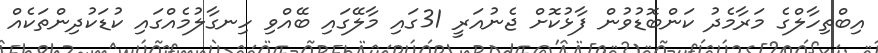
އިިބްތިހާލްގެ މަރާމެދު ކަންބޮޑުވުން ފާޅުކޮށް ޖެނުއަރީ 31ގައި މާލޭގައި ބޭއްވި ހިނގާލުމެއްގައި ކުޑަކުދިންތަކެއް